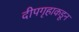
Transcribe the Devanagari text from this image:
दीपगृहाकडून